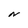
Character: N